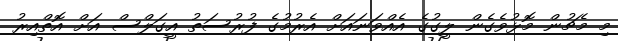
މި މެޗުން މޮޅުވެގެން ލީގުގެ އެއްވަނައަށް އެރުމުގެ ފުރުސަތު އީގަލްސް އަށް އޮތްއިރު